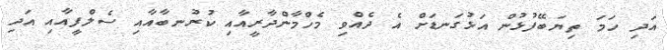
އަދި ހަމަ ތިޔަބޭފުޅުން އަޅުގަނޑަށް އެ ދެއްވި މެހްމާންދާރީއާއި ކުރުނބާއާއި ސެލްފީއާއި އަދި